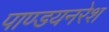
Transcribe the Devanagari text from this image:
पाण्डयनरेश